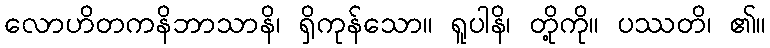
လောဟိတကနိဘာသာနိ၊ ရှိကုန်သော။ ရူပါနိ၊ တို့ကို။ ပဿတိ၊ ၏။